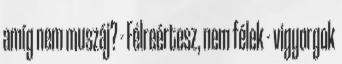
amíg nem muszáj? - Félreértesz, nem félek - vigyorgok